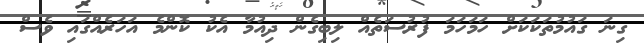
ގިނަ ގައުމުތަކަކަށް ހަމަހަމަ ފުރުސަތެއް ލިބިގެން ދިއުމާ އެކު ކޮންމެ އަހަރެއްގައި ވެސް